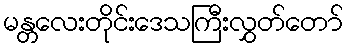
မန္တလေးတိုင်းဒေသကြီးလွှတ်တော်